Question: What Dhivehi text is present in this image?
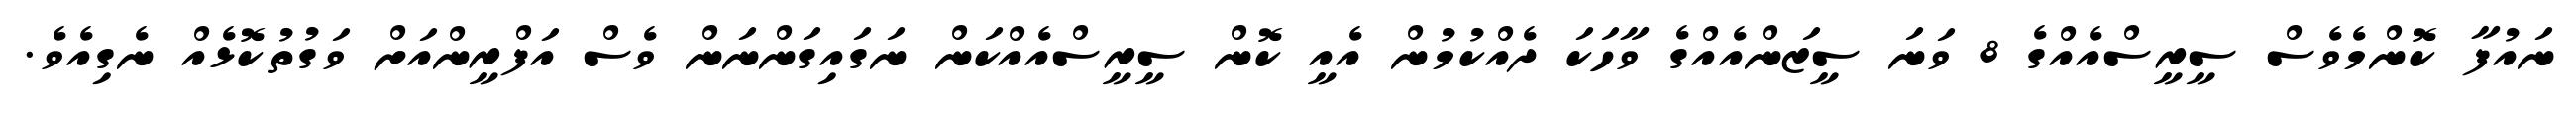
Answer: ނައުފާ ކޮންމެވެސް ސީރީސްއެއްގެ 8 ވަނަ ސީޒަންއެއްގެ ވާހަކަ ދެއްކުމުން އެއީ ކޮން ސީރީސްއެއްކަން ނަގައިގަންނަން ވެސް އަފްރީންއަށް ވަގުތުކޮޅެއް ނެގިއެވެ.